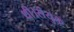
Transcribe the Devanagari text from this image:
थी।संयुक्त